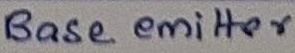
Text: Base emitter